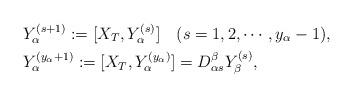
LaTeX: \begin{align*}&Y^{(s+1)}_{\alpha}:=[X_{T},Y^{(s)}_{\alpha}]\ \ \ (s=1,2,\cdots,y_{\alpha}-1),\\&Y^{(y_{\alpha}+1)}_{\alpha}:=[X_{T},Y^{(y_{\alpha})}_{\alpha}]=D_{\alpha s}^{\beta}Y^{(s)}_{\beta},\end{align*}